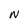
Character: N